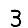
Digit: 3